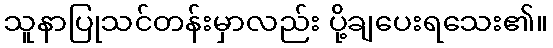
သူနာပြုသင်တန်းမှာလည်း ပို့ချပေးရသေး၏။